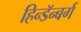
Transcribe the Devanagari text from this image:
हिन्डॅन्बर्ग